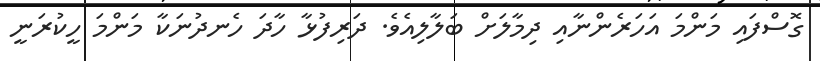
ގޮސްފައި މަންމަ އަހަރެންނާއި ދިމާލަށް ބަލާލިއެވެ. ދަރިފުޅާ ހާދަ ހެނދުނަކާ މަންމަ ހީކުރަނީ